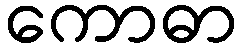
ကောဓာ